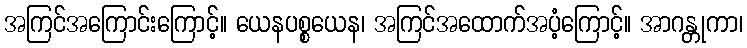
အကြင်အကြောင်းကြောင့်။ ယေနပစ္စယေန၊ အကြင်အထောက်အပံ့ကြောင့်။ အာဂန္တုကာ၊